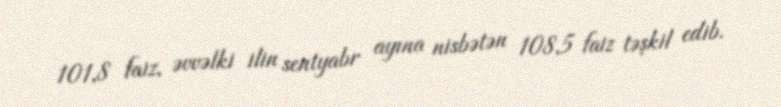
101,8 faiz, əvvəlki ilin sentyabr ayına nisbətən 108,5 faiz təşkil edib.